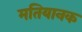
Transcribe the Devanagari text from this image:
मतियानक